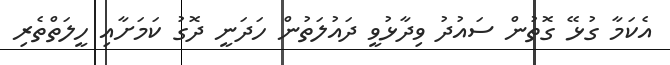
އެކަމާ ގުޅޭ ގޮތުން ސައުދު ވިދާޅުވީ ދައުލަތުން ހަދަނީ ދޮގު ކަމަށާއި ހީލަތްތެރި